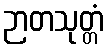
ဉာတသုတ္တံ